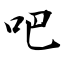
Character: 吧